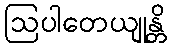
ဩပါတေယျုန္တိ